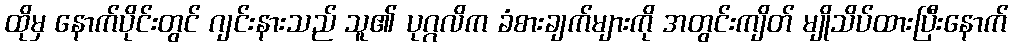
ထိုမှ နောက်ပိုင်းတွင် ဂျင်းနားသည် သူ၏ ပုဂ္ဂလိက ခံစားချက်များကို အတွင်းကျိတ် မျိုသိပ်ထားပြီးနောက်